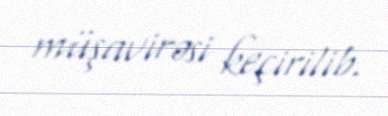
müşavirəsi keçirilib.